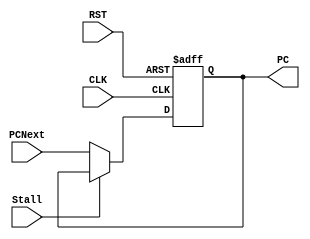
/*
   Created by : Mohamed Hazem Mamdouh
   12-08-2023
   7:30 PM
 */
//***************  PROGRAM COUNTER  ***************//
module PC #(parameter width = 32 )
           (
            input wire [width-1 : 0] PCNext ,
            input wire CLK ,
	          input wire RST ,
            input wire Stall,
	          output reg [width-1 : 0] PC 
    );
  
  always @(posedge CLK or negedge RST)
  begin
   if(!RST)
     begin
       PC <= 32'b0 ;
     end
   else if (!Stall)
	    begin
		     PC <= PCNext ;
		  end
	 end	

endmodule